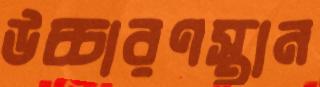
উচ্চারণস্থান